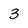
Character: 3